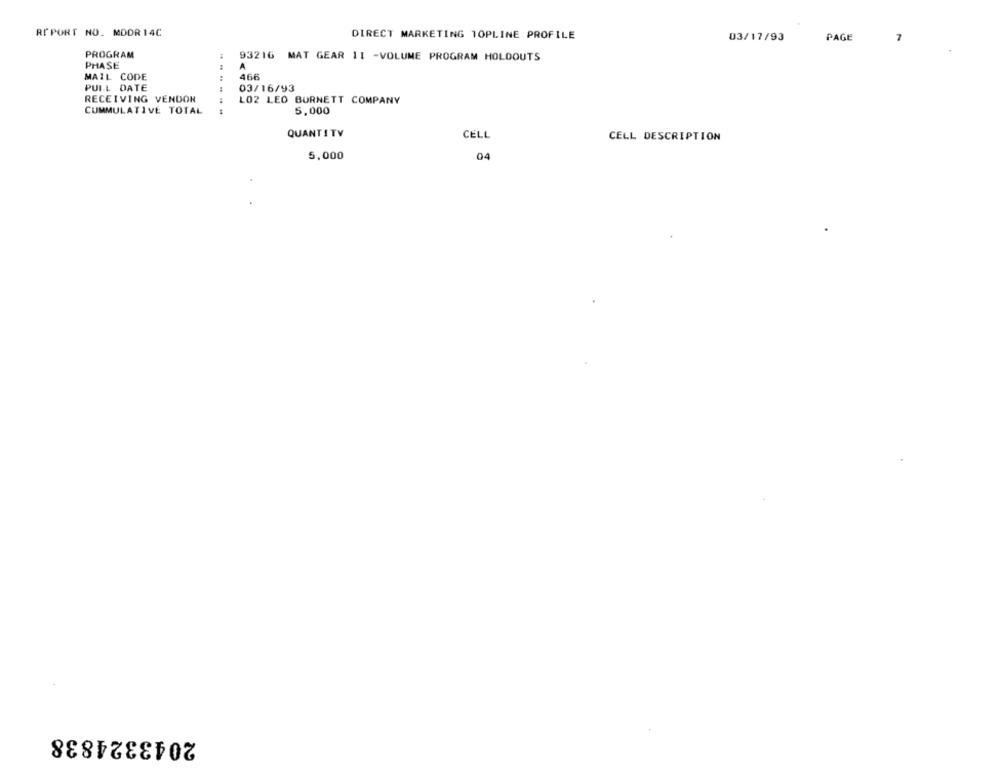
RIPORT NO. MDDR 14C
DIRECT MARKETING TOPLINE PROFILE
03/17/93
PAGE
7
PROGRAM
93216 MAT GEAR 11 -VOLUME PROGRAM HOLDOUTS
PHASE
A
MAIL CODE
466
PULL DATE
03/16/93
RECEIVING VENDOR
L02 LEO BURNETT COMPANY
CUMMULATIVE TOTAL
5,000
QUANTITY
CELL
CELL DESCRIPTION
5,000
04
2043324838